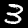
Digit: 3